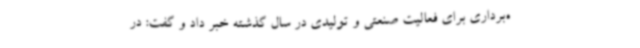
ه‌برداری برای فعالیت صنعتی و تولیدی در سال گذشته خبر داد و گفت: در